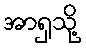
အာရှသို့